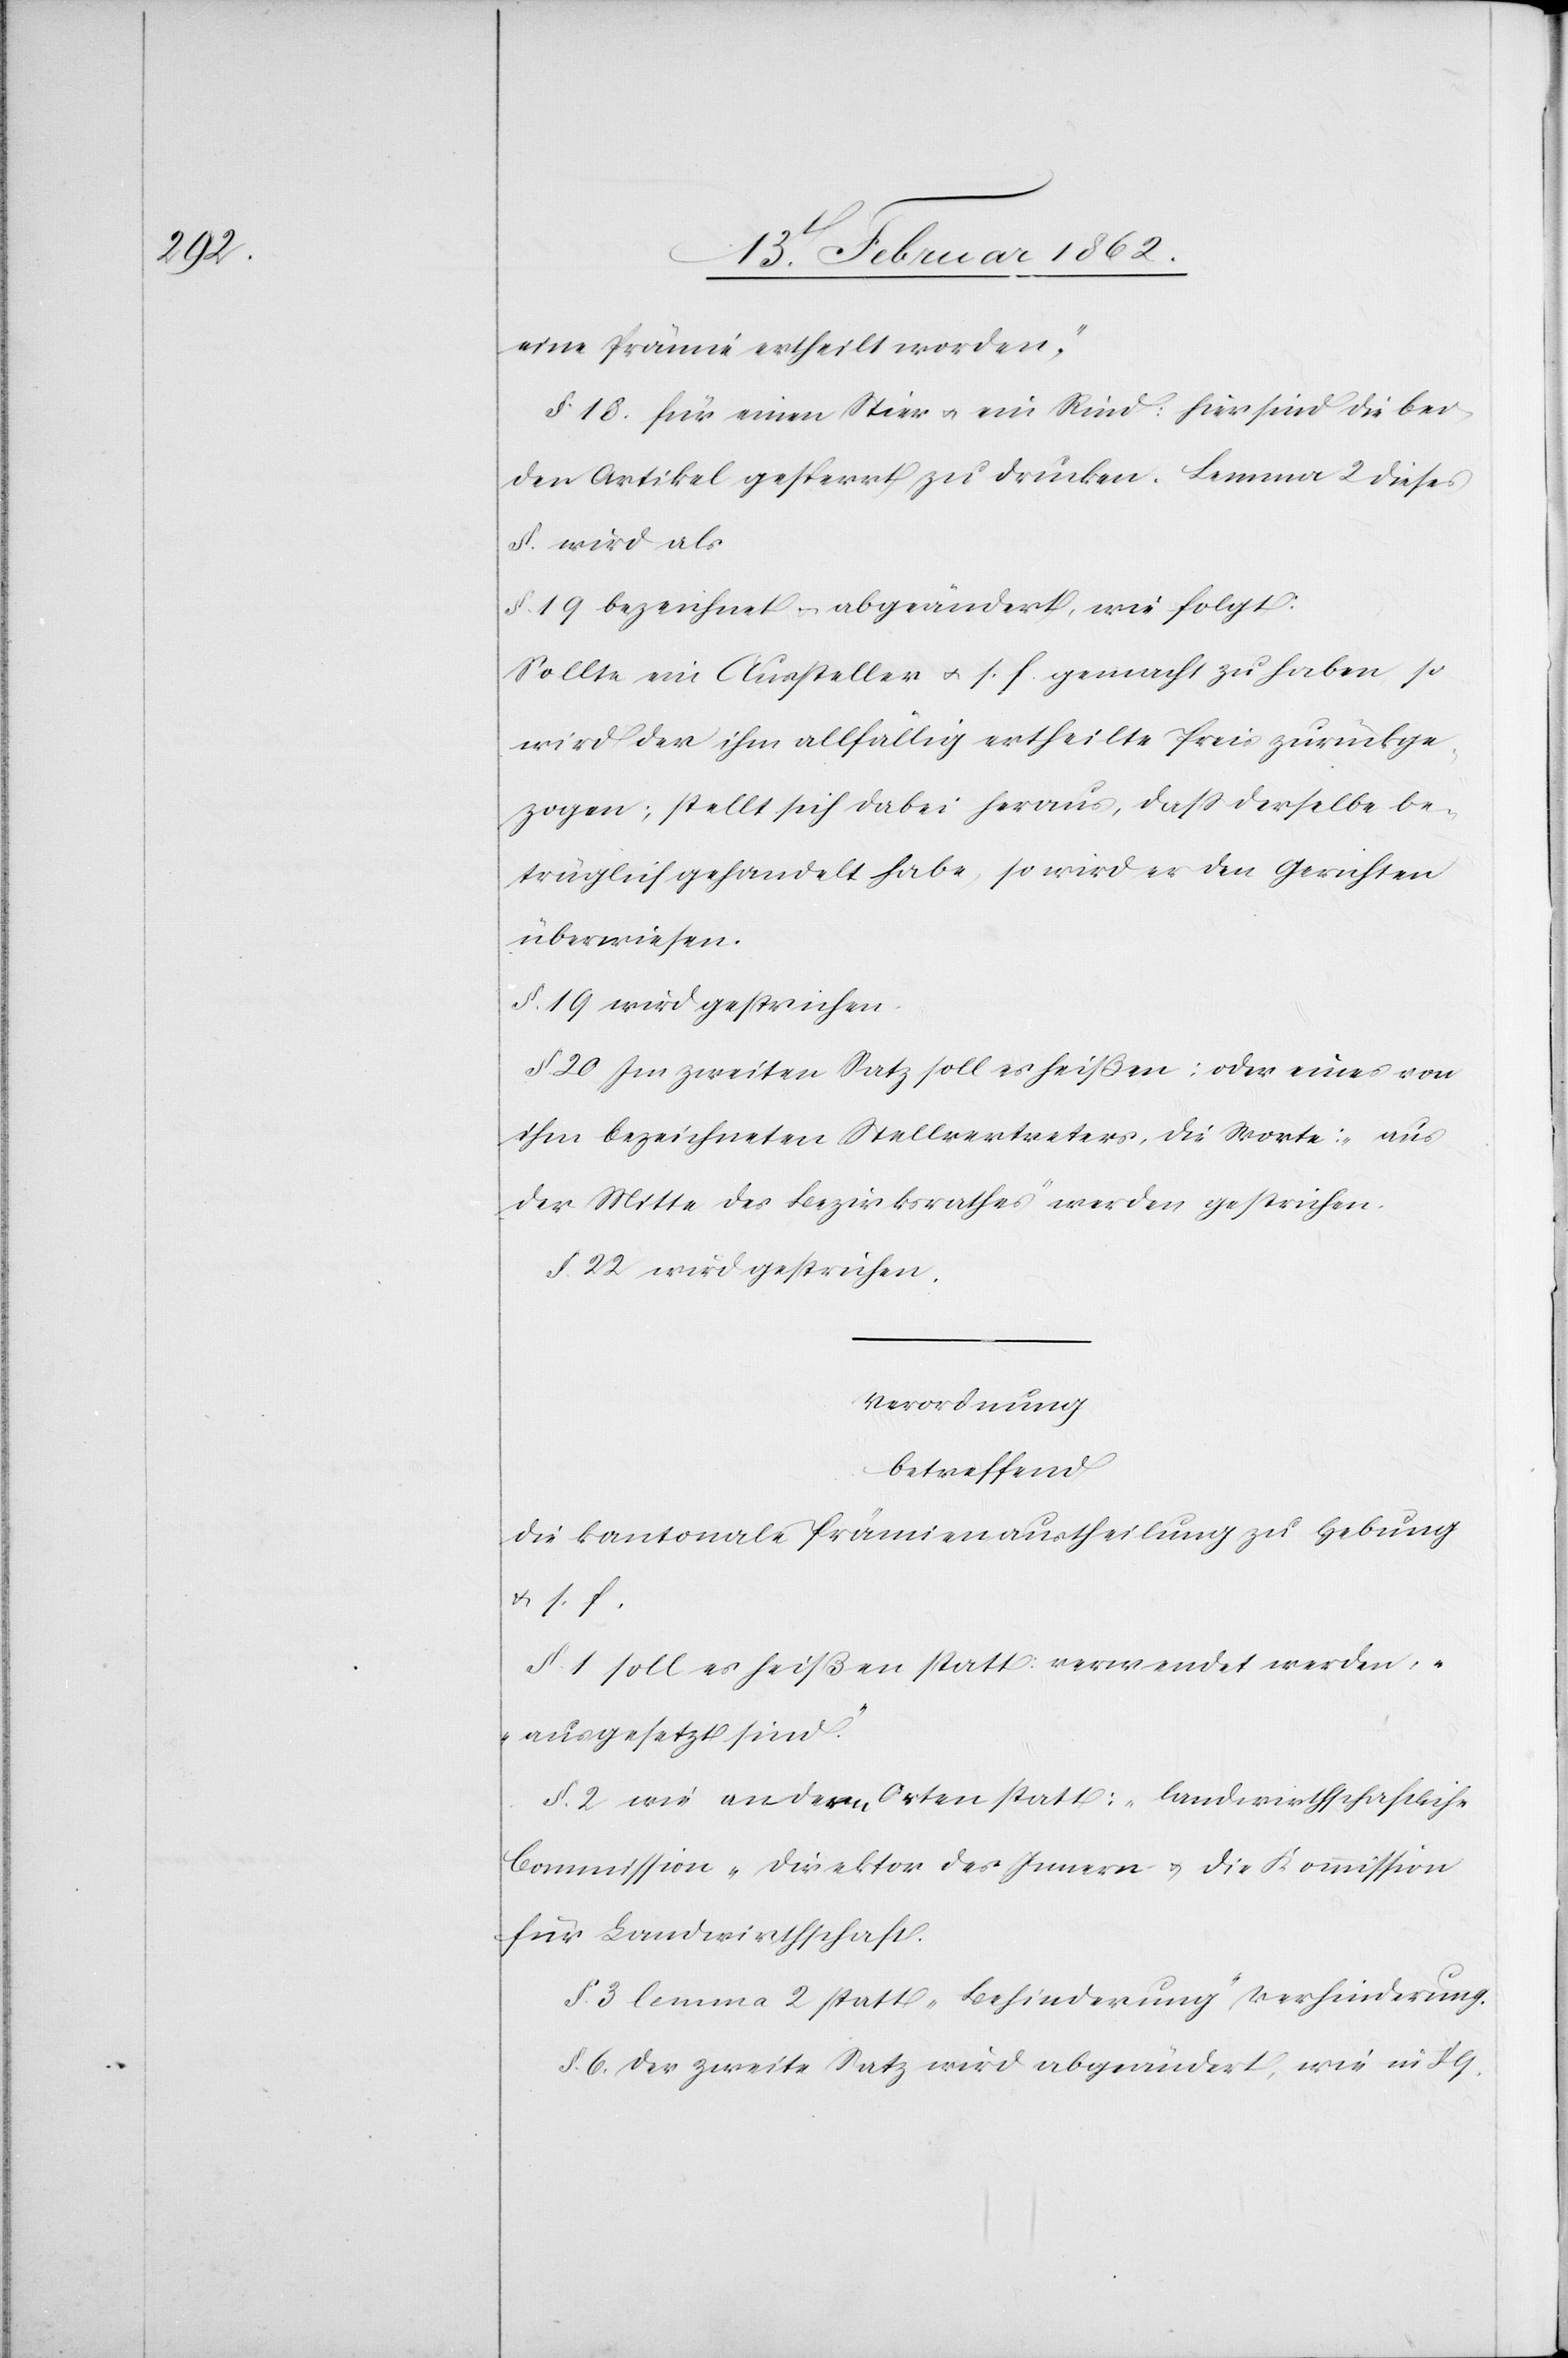
eine Prämie ertheilt worden,“
§. 18. für einen Stier u. ein Rind: hier sind die bei¬
den Artikel gesperrt zu drucken. Lemma 2 dieses
§. wird als
§. 19. bezeichnet u. abgeändert wie folgt:
Sollte ein Aussteller u. s. f. gemacht zu haben, so
wird der ihm allfällig ertheilte Preis zurückge¬
zogen; stellt sich dabei heraus, daß derselbe be¬
trüglich gehandelt habe, so wird er den Gerichten
überwiesen.
§. 19. wird gestrichen.
§. 20. Im zweiten Satz soll es heißen: oder eines von
ihm bezeichneten Stellvertreters, die Worte: „aus
der Mitte des Bezirksrathes“ werden gestrichen.
§. 22. wird gestrichen.
Verordnung
betreffend
die kantonale Prämienaustheilung zu Hebung
u. s. f.
§. 1 soll es heißen statt: verwendet werden,
„ausgesetzt sind“.
§. 2. wie andern Orten statt: „landwirthschaftliche
Commission“ Direktor des Innern u. die Kommission
für Landwirthschaft.
§. 3. lemma 2 statt „Behinderung“ Verhinderung.
§. 6. der zweite Satz wird abgeändert, wie in § 9.